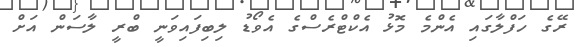
ރޭގެ ހަފްލާގައި އެންމެ މޮޅު އެކްޓްރެސްގެ އެވޯޑު ލިބިފައިވަނީ ބްރީ ލާސަން އަށް